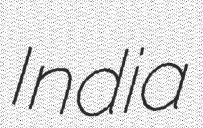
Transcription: India